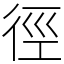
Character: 徑